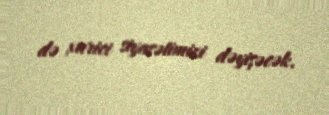
də xarici siyasətimizi dəyişəcək.